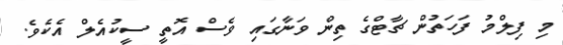
މި ފިލްމު ފަހަތުން ޗާޓްގެ ތިން ވަނާގައި ވެސް އޮތީ ސީކުއެލް އެކެވެ.